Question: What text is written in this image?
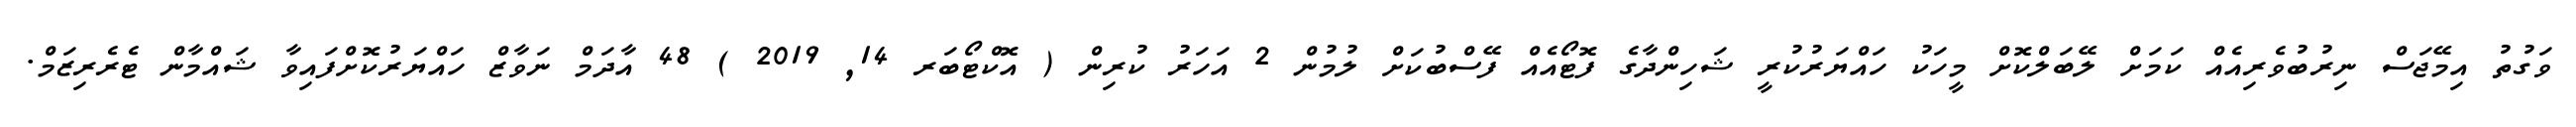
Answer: ވަގުތު އިމޭޖަސް ނިރުބުވެރިއެއް ކަމަށް ލޭބަލްކޮށް މީހަކު ހައްޔަރުކުރީ ޝަހިންދާގެ ފޮޓޯއެއް ފޭސްބުކަށް ލުމުން 2 އަހަރު ކުރިން ( އޮކްޓޯބަރ 14, 2019 ) 48 އާދަމް ނަވާޒް ހައްޔަރުކޮށްފައިވާ ޝައްމާން ޓެރެރިޒަމް.